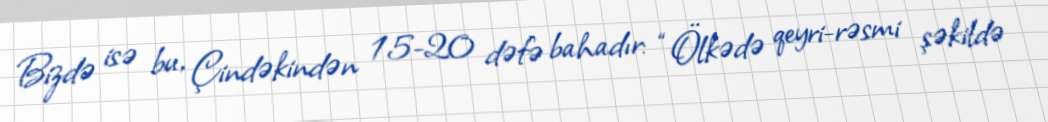
Bizdə isə bu, Çindəkindən 15-20 dəfə bahadır: “Ölkədə qeyri-rəsmi şəkildə